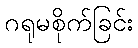
ဂရုမစိုက်ခြင်း